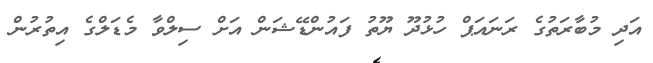
އަދި މުބާރަތުގެ ރަނައަޕް ހުޅުދޫ ޔޫތު ފައުންޑޭޝަން އަށް ސިލްވާ މެޑަލްގެ އިތުރުން